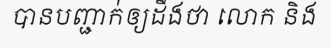
បានបញ្ជាក់ឲ្យដឹងថា លោក និង